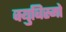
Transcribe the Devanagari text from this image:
क्युबिस्मो